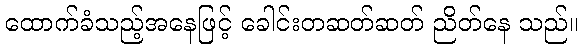
ထောက်ခံသည့်အနေဖြင့် ခေါင်းတဆတ်ဆတ် ညိတ်နေ သည်။